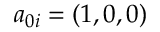
a _ { 0 i } = ( 1 , 0 , 0 )